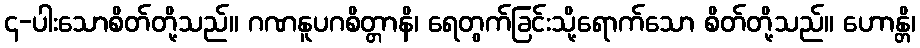
၄-ပါးသောစိတ်တို့သည်။ ဂဏနူပဂစိတ္တာနိ၊ ရေတွက်ခြင်းသို့ရောက်သော စိတ်တို့သည်။ ဟောန္တိ၊